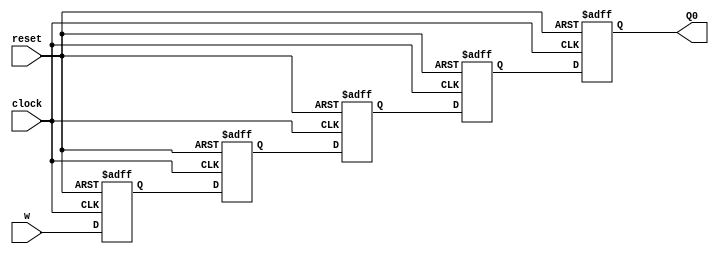
// 8-bit register can be cleared, loaded, shifted left
// Retains value if no control signal is asserted
module shiftregister8bit(w,reset,clock,Q0);
 
 input [7:0]w; 
 input reset;
 input clock;
 
 output reg [7:0]Q0;
 reg [7:0]Q1;
 reg [7:0]Q2;
 reg [7:0]Q3;
 reg [7:0]Q4;



 always@(posedge clock, negedge reset)
   if(!reset)
     begin
      Q0 <= 0 ;
      Q1 <= 0 ;
      Q2 <= 0 ;
      Q3 <= 0 ;
      Q4 <= 0 ;
     end
      
   else
    begin
     Q0 <= Q1 ;
     Q1 <= Q2 ;
     Q2 <= Q3 ;
     Q3 <= Q4 ;
     Q4 <= w;
    end 

  
endmodule